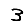
Digit: 3